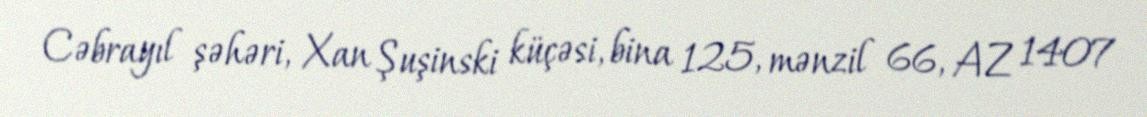
Cəbrayıl şəhəri, Xan Şuşinski küçəsi, bina 125, mənzil 66, AZ 1407